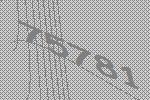
75781